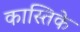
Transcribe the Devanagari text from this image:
कास्तिके